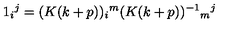
1 _ { i } { } ^ { j } = ( K ( k + p ) ) _ { i } { } ^ { m } ( K ( k + p ) ) ^ { - 1 } { } _ { m } { } ^ { j }